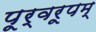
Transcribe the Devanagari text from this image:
पूर्वरूपम्